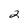
Character: 2